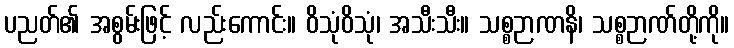
ပညတ်၏ အစွမ်းဖြင့် လည်းကောင်း။ ဝိသုံဝိသုံ၊ အသီးသီး။ သစ္စဉာဏနိ၊ သစ္စဉာဏ်တို့ကို။